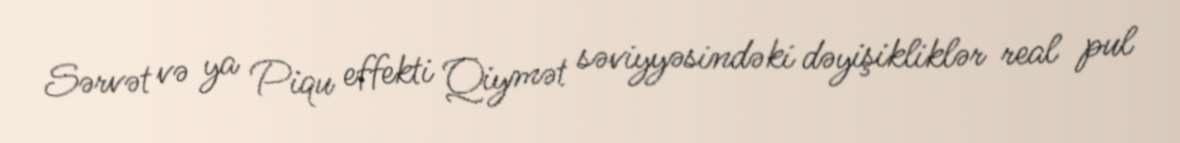
Sərvət və ya Piqu effekti Qiymət səviyyəsindəki dəyişikliklər real pul